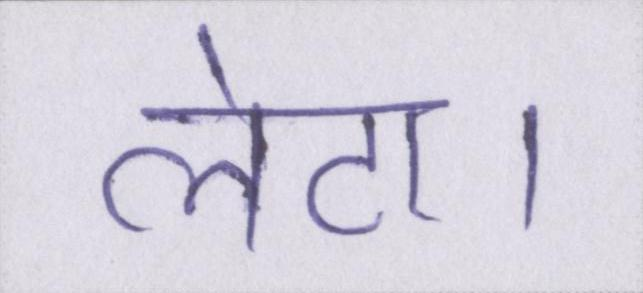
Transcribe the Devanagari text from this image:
लेटा।